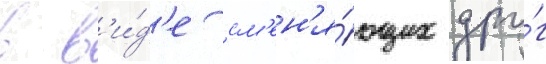
в в'и́д'е см'ен'я́ющих дру́г